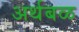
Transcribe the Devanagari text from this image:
अर्थबळ